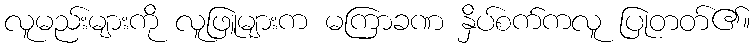
လူမည်းများကို လူဖြူများက မကြာခဏ နှိပ်စက်ကလူ ပြုတတ်၏။